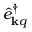
\hat { e } _ { { \bf k } q } ^ { \dagger }